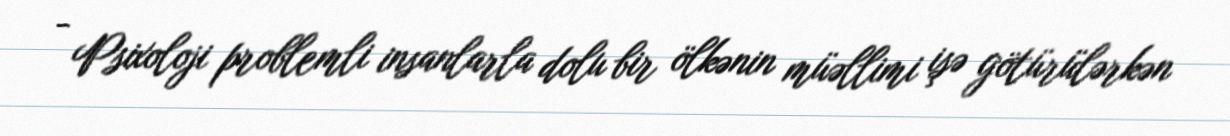
- Psixoloji problemli insanlarla dolu bir ölkənin müəllimi işə götürülərkən